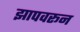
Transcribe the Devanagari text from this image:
झापवरून